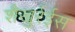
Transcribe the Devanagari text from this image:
शैखुर्रईस